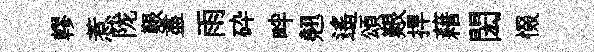
轇惹陇艱盡雨砕畔翹遥頌艱捍藉閎惙